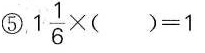
⑤. $$1 \frac{1}{6} \times ( )=1